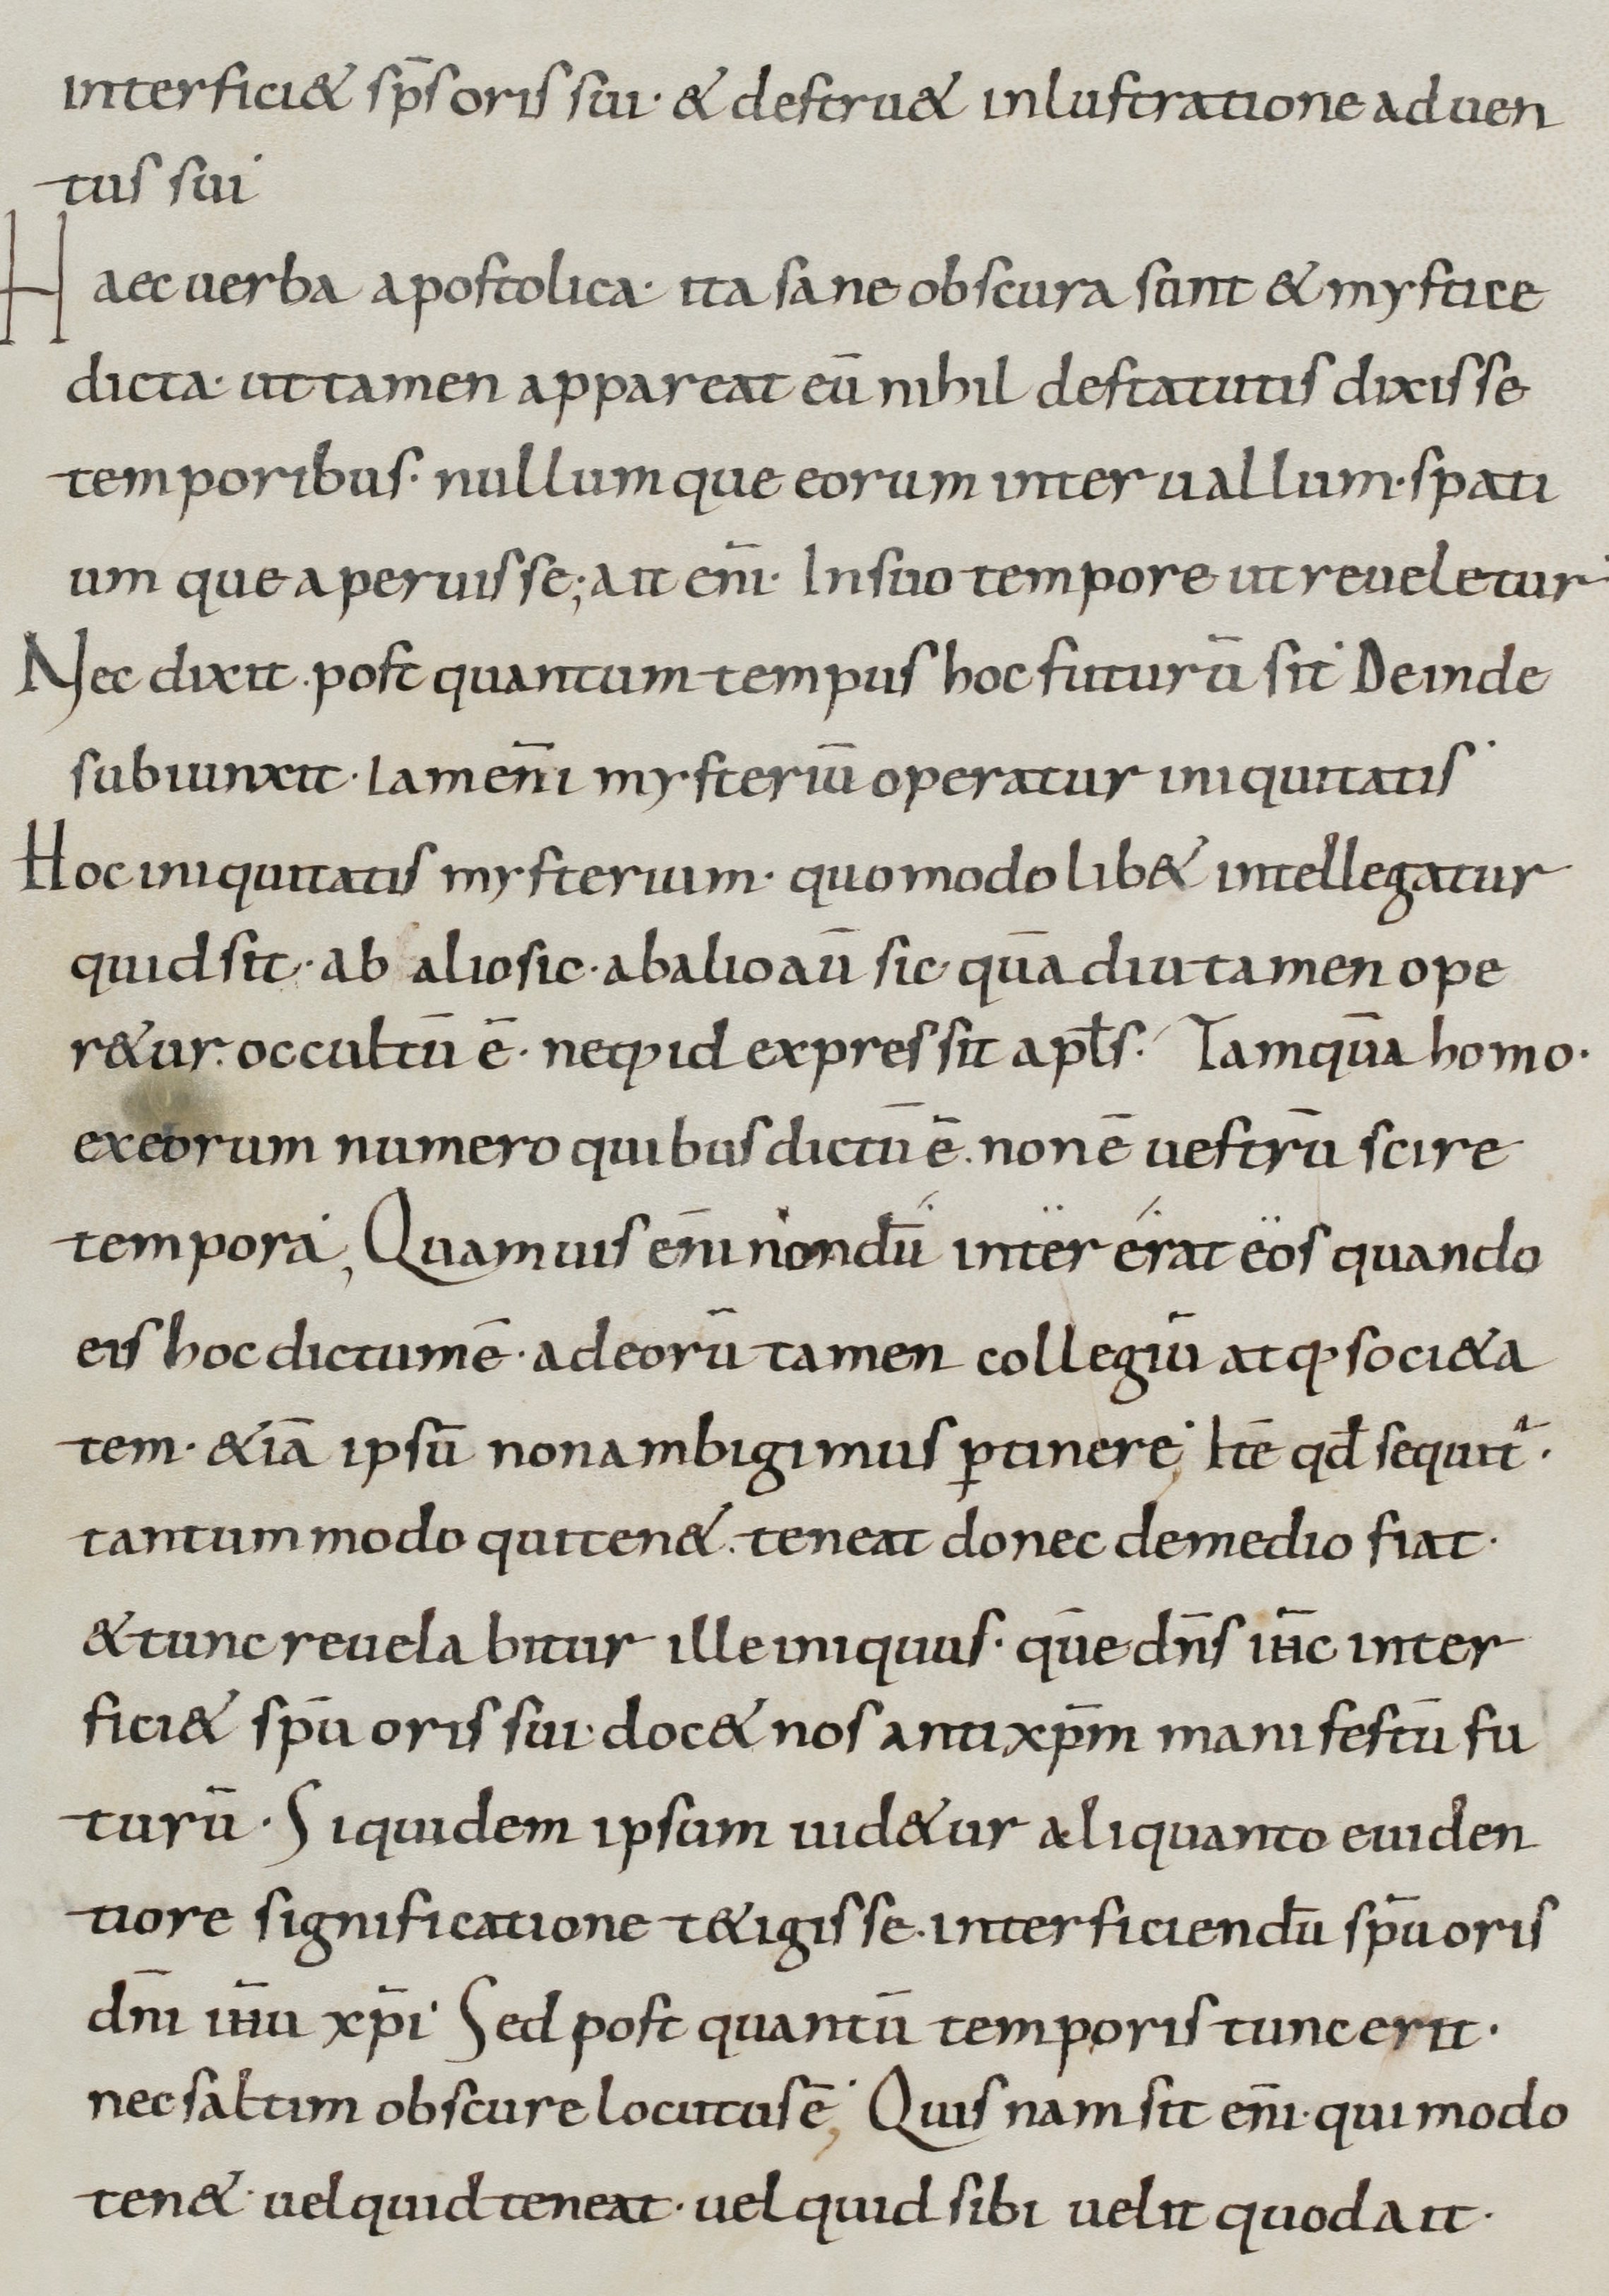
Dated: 800–899